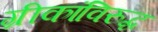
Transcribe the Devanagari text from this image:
ग्रीकांविरुद्ध